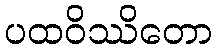
ပထဝိဿိတော